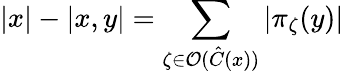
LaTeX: \left|x\right|-\left|x,y\right|=\sum_{\zeta\in\mathcal{O}(\hat{C}(x))}\left|\pi_{\zeta}(y)\right|